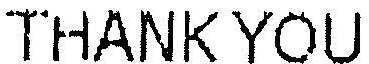
THANK YOU